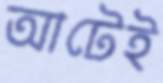
আটেই